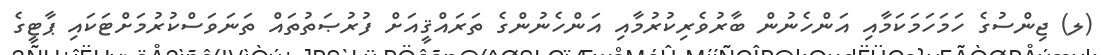
(ލ) ޖިންސުގެ ހަމަހަމަކަމާއި އަންހެނުން ބާރުވެރިކުރުމާއި އަންހެނުންގެ ތަރައްޤީއަށް ފުރުޞަތުތައް ތަނަވަސްކުރުމަށްޓަކައި ޕާޓީގެ